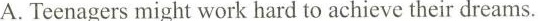
A.Teenagers might work hard to achieve their dreams.